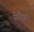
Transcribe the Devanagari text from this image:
सेरिब्री